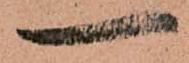
一